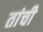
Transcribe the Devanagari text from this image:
तांची